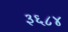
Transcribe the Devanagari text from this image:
३६८४